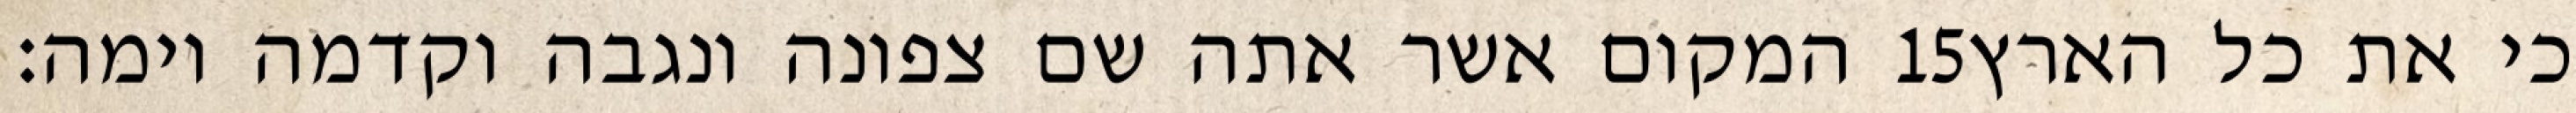
המקום אשר אתה שם צפונה ונגבה וקדמה וימה׃ ‎15‏ כי את כל הארץ